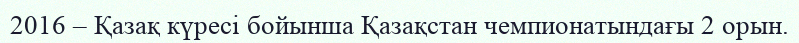
2016 – Қазақ күресі бойынша Қазақстан чемпионатындағы 2 орын.